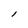
Character: l